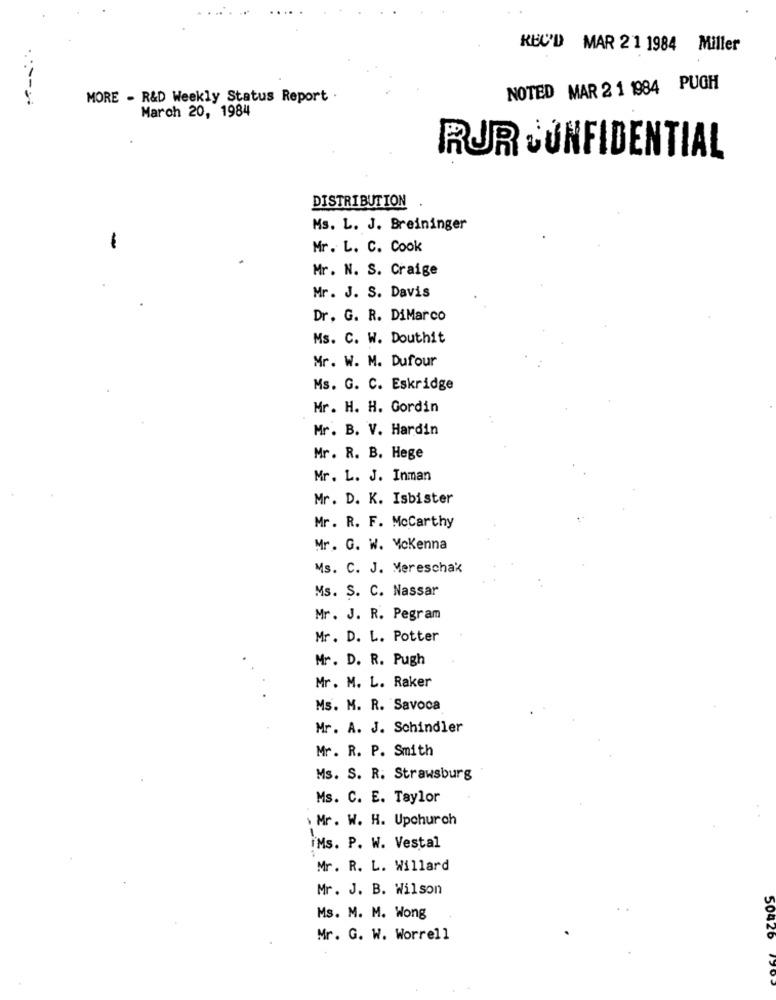
KBC'D MAR 21 1984 Miller
NOTED MAR 2 1 1984 PUGH
MORE - R&D Weekly Status Report .
March 20, 1984
RUR CONFIDENTIAL
DISTRIBUTION
Ms. L. J. Breininger
-
Mr. L. C. Cook
Mr. N. S. Craige
Mr. J. S. Davis
Dr. G. R. DiMarco
Ms. C. W. Douthit
Mr. W. M. Dufour
Ms. G. C. Eskridge
Mr. H. H. Gordin
Mr. B. V. Hardin
Mr. R. B. Hege
Mr. L. J. Inman
Mr. D. K. Isbister
Mr. R. F. Mccarthy
Mr. G. W. Mckenna
Ms. C. J. Mereschak
Ms. S. C. Nassar
Mr. J. R. Pegram
Mr. D. L. Potter
Mr. D. R. Pugh
Mr. M. L. Raker
Ms. M. R. Savoca
Mr. A. J. Schindler
Mr. R. P. Smith
Ms. S. R. Strawsburg
Ms. C. E. Taylor
Mr. W. H. Upchurch
IMs. P. W. Vestal
Mr. R. L. Willard
Mr. J. B. Wilson
Ms. M. M. Wong
Mr. G. W. Worrell
50426